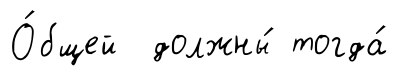
О́бщей должны́ тогда́